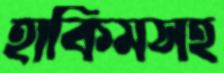
হাকিমসহ